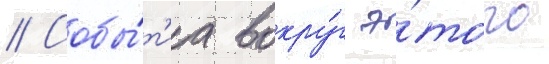
// Собы́т'иа вокру́г э́того